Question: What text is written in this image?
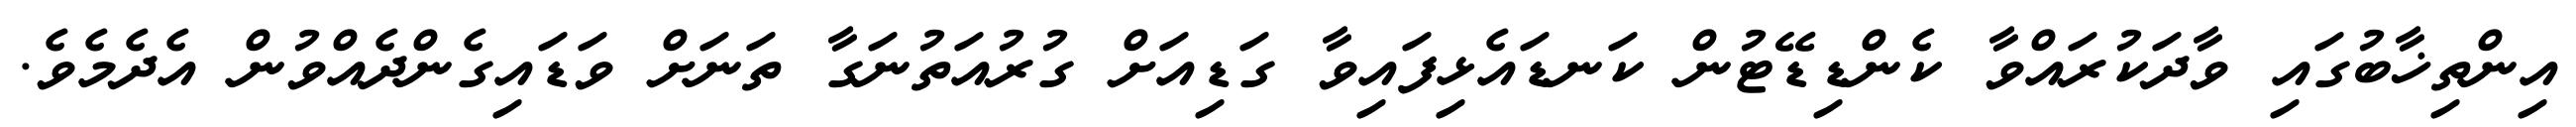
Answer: އިންތިޚާބުގައި ވާދަކުރައްވާ ކެންޑިޑޭޓުން ކަނޑައެޅިފައިވާ ގަޑިއަށް ގުރުއަތުނަގާ ތަނަށް ވަޑައިގެންދެއްވުން އެދެމެވެ.